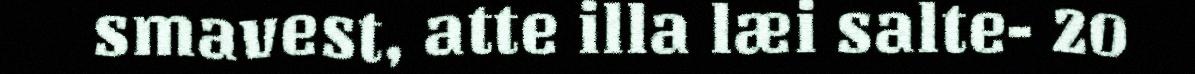
smavest, atte illa læi salte- 20